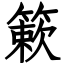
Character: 簌